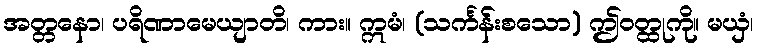
အတ္တနော၊ ပရိဏာမေယျာတိ၊ ကား။ ဣမံ၊ (သင်္ကန်းစသော) ဤဝတ္ထုကို။ မယှံ၊